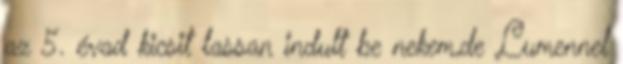
az 5. évad kicsit lassan indult be nekem,de Lumennel